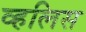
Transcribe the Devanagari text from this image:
व्हलिस